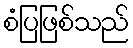
စံပြဖြစ်သည်